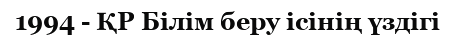
1994 - ҚР Білім беру ісінің үздігі